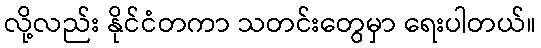
လို့လည်း နိုင်ငံတကာ သတင်းတွေမှာ ရေးပါတယ်။